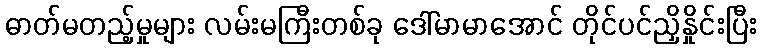
ဓာတ်မတည့်မှုများ လမ်းမကြီးတစ်ခု ဒေါ်မာမာအောင် တိုင်ပင်ညှိနှိုင်းပြီး